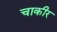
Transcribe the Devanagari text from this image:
चाकीर